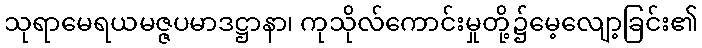
သုရာမေရယမဇ္ဇပမာဒဋ္ဌာနာ၊ ကုသိုလ်ကောင်းမှုတို့၌မေ့လျော့ခြင်း၏